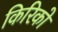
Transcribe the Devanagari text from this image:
किरिको